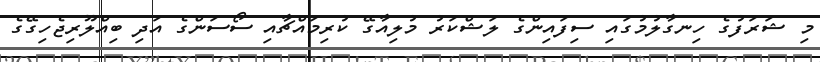
މި ޝަރަފުގެ ހިނގާލުމުގައި ސިފައިންގެ ލަޝްކަރު މުލިއާގޭ ކުރިމައްޗާއި ސޯސަންގެ އަދި ބިއްލޫރިޖެހިގޭގެ